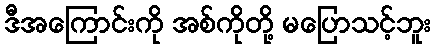
ဒီအကြောင်းကို အစ်ကိုတို့ မပြောသင့်ဘူး